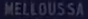
MELLOUSSA